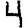
Digit: 4